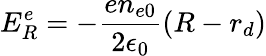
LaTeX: E_{R}^{e}=-\frac{en_{e0}}{2\epsilon_{0}}(R-r_{d})